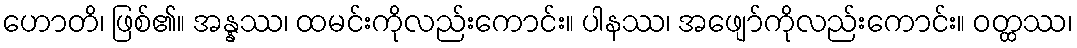
ဟောတိ၊ ဖြစ်၏။ အန္နဿ၊ ထမင်းကိုလည်းကောင်း။ ပါနဿ၊ အဖျော်ကိုလည်းကောင်း။ ဝတ္ထဿ၊